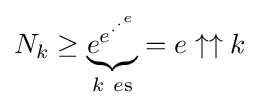
N_{k}\geq \underbrace {e^{e^{\cdot ^{\cdot ^{e}}}}} _{k\ e{\text{s}}}=e\uparrow \uparrow k